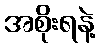
အစိုးရနဲ့